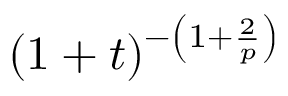
( 1 + t ) ^ { - \left( 1 + \frac { 2 } { p } \right) }